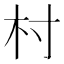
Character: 村